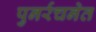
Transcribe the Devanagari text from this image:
पुनर्रचनेत